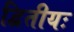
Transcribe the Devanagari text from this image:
द्वितीयः